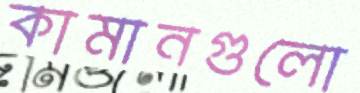
কামানগুলো